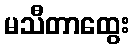
မသီတာထွေး